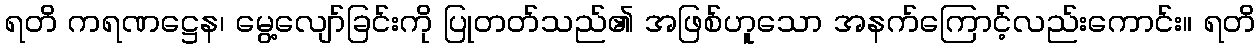
ရတိ ကရဏဋ္ဌေန၊ မွေ့လျော်ခြင်းကို ပြုတတ်သည်၏ အဖြစ်ဟူသော အနက်ကြောင့်လည်းကောင်း။ ရတိ